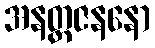
အနတ္ထဇနနော